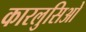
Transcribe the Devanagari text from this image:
कारलुसिओ